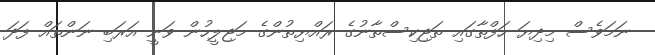
ނަމަވެސް މިދިޔަ ހަފްތާގައި ތަޖިކިސްތާނުގެ ރައްޔިތުންގެ މަޖިލީހުން ވަނީ އަރަބި ނަންތައް ފަދަ